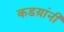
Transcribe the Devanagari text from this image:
कडय़ांनी